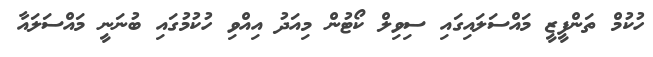
ހުކުމް ތަންފީޒީ މައްސަލައިގައި ސިވިލް ކޯޓުން މިއަދު އިއްވި ހުކުމުގައި ބުނަނީ މައްސަލައާ